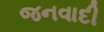
જનવાદી